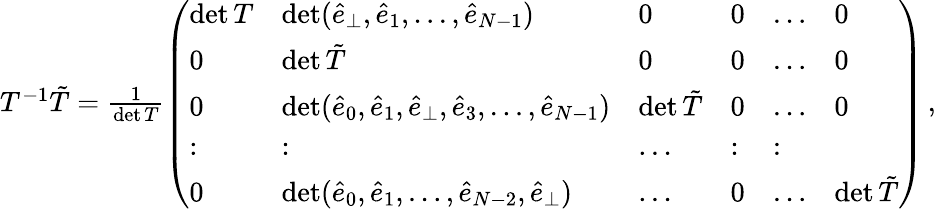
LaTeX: \begin{array}{r}{T^{-1}\tilde{T}=\frac{1}{\operatorname*{det}T}\left(\begin{array}{llllll}{\operatorname*{det}T}&{\operatorname*{det}(\hat{e}_{\perp},\hat{e}_{1},\dots,\hat{e}_{N-1})}&{0}&{0}&{\dots}&{0}\\ {0}&{\operatorname*{det}\tilde{T}}&{0}&{0}&{\dots}&{0}\\ {0}&{\operatorname*{det}(\hat{e}_{0},\hat{e}_{1},\hat{e}_{\perp},\hat{e}_{3},\dots,\hat{e}_{N-1})}&{\operatorname*{det}\tilde{T}}&{0}&{\dots}&{0}\\ {:}&{:}&{\dots}&{:}&{:}\\ {0}&{\operatorname*{det}(\hat{e}_{0},\hat{e}_{1},\dots,\hat{e}_{{N}-2},\hat{e}_{\perp})}&{\dots}&{0}&{\dots}&{\operatorname*{det}\tilde{T}}\end{array}\right)\, ,}\end{array}